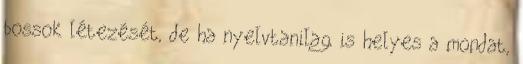
bossok létezését, de ha nyelvtanilag is helyes a mondat,